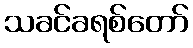
သခင်ခရစ်တော်